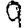
Digit: 9